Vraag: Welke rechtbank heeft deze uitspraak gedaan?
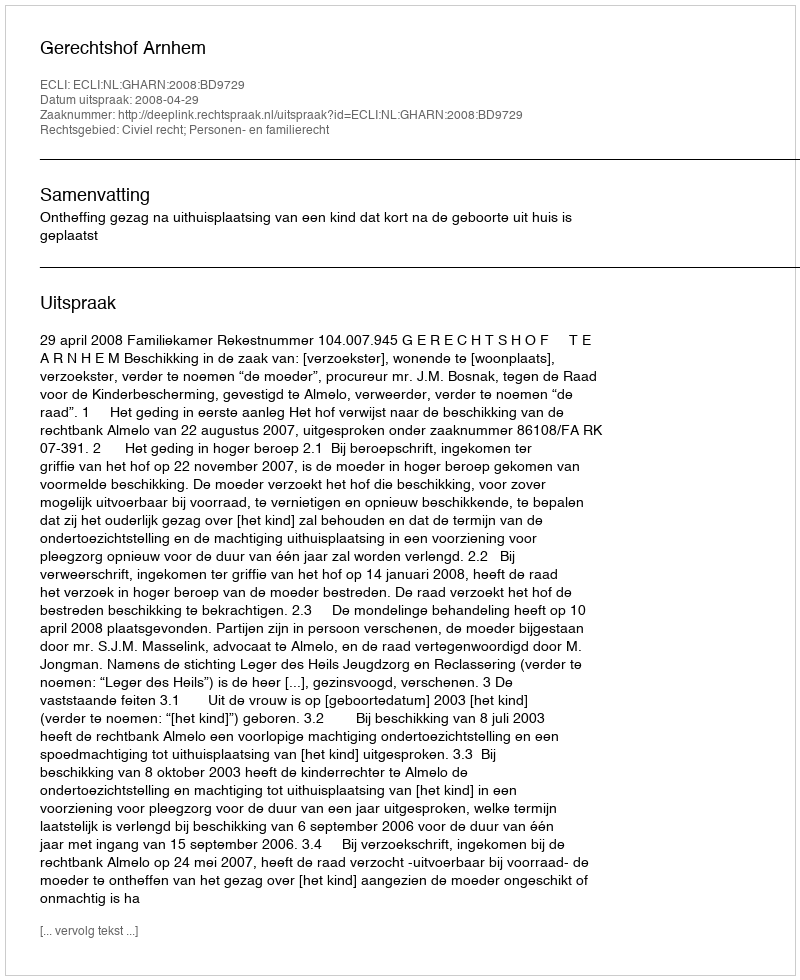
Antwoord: Gerechtshof Arnhem